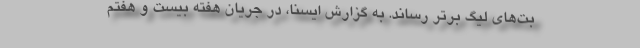
بت‌های لیگ برتر رساند. به گزارش ایسنا، در جریان هفته بیست و هفتم